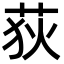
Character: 荻